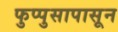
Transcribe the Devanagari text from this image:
फुप्पुसापासून